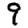
Digit: 9